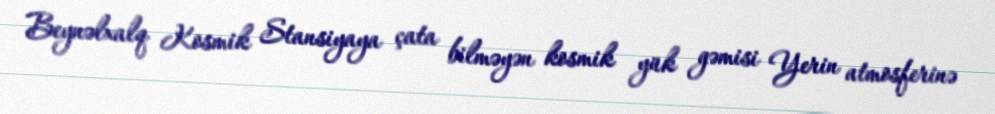
Beynəlxalq Kosmik Stansiyaya çata bilməyən kosmik yük gəmisi Yerin atmosferinə